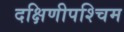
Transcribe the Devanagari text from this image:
दक्षिणीपश्चिम